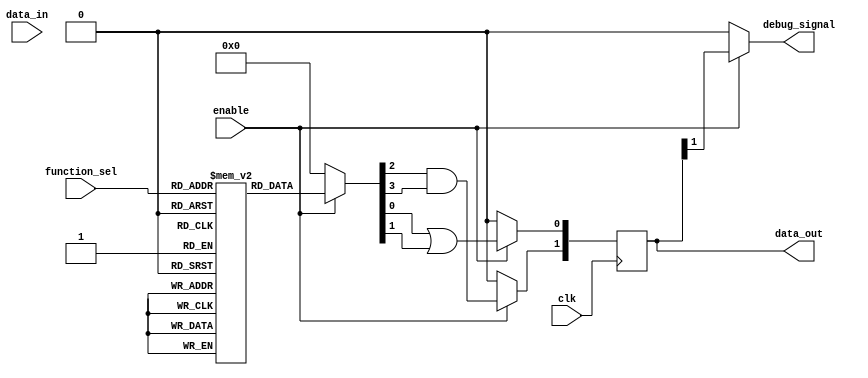
module CLB (
    input wire [3:0]  data_in,      // 4-bit input signal
    input wire        enable,        // Enable signal
    input wire [1:0]  function_sel,  // Function select signal for LUT
    output reg [1:0]  data_out,      // 2-bit output signal
    input wire        clk,            // Clock signal (for synchronous operation)
    output wire       debug_signal    // Debugging signal
);

    // LUT to implement basic functions based on function_sel
    reg [3:0] LUT [0:3]; // 4 LUTs for different functions

    // Initialize LUT with example logic functions
    initial begin
        // LUT[0]: AND function
        LUT[0] = 4'b0000; // 0
        // LUT[1]: OR function
        LUT[1] = 4'b1111; // 1
        // LUT[2]: XOR function
        LUT[2] = 4'b1010; // 2
        // LUT[3]: NAND function
        LUT[3] = 4'b0111; // 3
    end

    // Internal signal to hold the result of the LUT
    reg [3:0] lut_out;

    // Enable logic to activate the selected function
    always @(*) begin
        if (enable) begin
            lut_out = LUT[function_sel]; // Select the appropriate LUT based on function_sel
        end else begin
            lut_out = 4'b0000; // Default output when not enabled
        end
    end

    // Output generation
    always @(posedge clk) begin
        if (enable) begin
            data_out[0] <= lut_out[0] | lut_out[1]; // Example logic combination
            data_out[1] <= lut_out[2] & lut_out[3]; // Example logic combination
        end else begin
            data_out <= 2'b00; // Default output when not enabled
        end
    end

    // Debugging support
    assign debug_signal = enable ? data_out[1] : 1'b0; // Debug signal reflecting state based on enable

endmodule